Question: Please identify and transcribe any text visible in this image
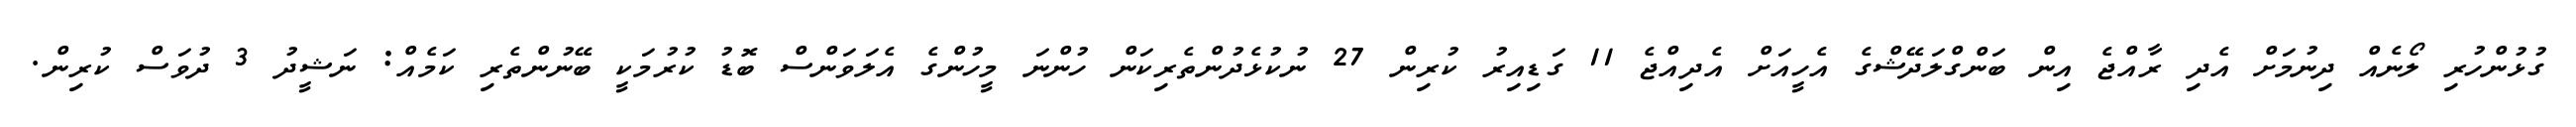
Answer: ގުޅުންހުރި ލޯނެއް ދިނުމަށް އެދި ރާއްޖެ އިން ބަންގްލަދޭޝްގެ އެހީއަށް އެދިއްޖެ 11 ގަޑިއިރު ކުރިން 27 ނުކުޅެދުންތެރިކަން ހުންނަ މީހުންގެ އެލަވަންސް ބޮޑު ކުރުމަކީ ބޭނުންތެރި ކަމެއް: ނަޝީދު 3 ދުވަސް ކުރިން.